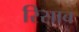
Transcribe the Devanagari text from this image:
रिसाब